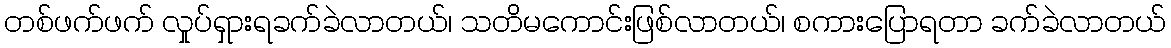
တစ်ဖက်ဖက် လှုပ်ရှားရခက်ခဲလာတယ်၊ သတိမကောင်းဖြစ်လာတယ်၊ စကားပြောရတာ ခက်ခဲလာတယ်